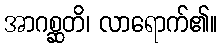
အာဂစ္ဆတိ၊ လာရောက်၏။